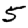
Digit: 5